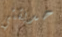
حديقتي